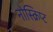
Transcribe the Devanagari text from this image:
नोस्क्रिप्ट